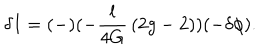
LaTeX: \delta I = ( - ) ( - { \frac { l } { 4 G } } \, ( 2 g - 2 ) ) ( - \delta \phi ) .